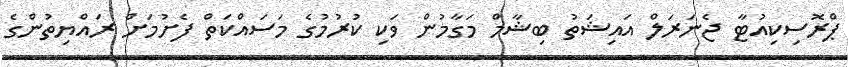
ޕްރޮސިކިއުޓާ ޖެނަރަލް އައިޝަތު ބިޝާމް މަގާމުން ވަކި ކުރުމުގެ މަސައްކަތް ފެށުމަށް ރައްޔިތުންގެ